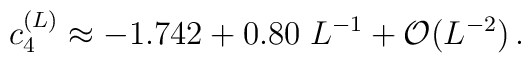
c_4^{(L)} \approx -1.742 + 0.80 \;L^{-1} +{\cal O} (L^{-2})\,.